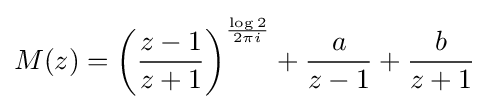
M(z)=\left({\frac {z-1}{z+1}}\right)^{\frac {\log {2}}{2\pi i}}+{\frac {a}{z-1}}+{\frac {b}{z+1}}